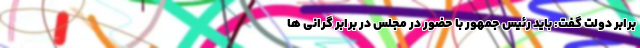
برابر دولت گفت: باید رئیس جمهور با حضور در مجلس در برابر گرانی ها